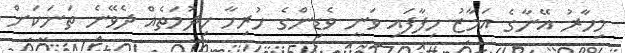
މިހާރު އޭނާގެ އަމާޒު ހިފާފައި ވަނީ ވެޑިންގެ ހުރިހާ ހިދުމަތެއް ދެވޭނެ ތަނަކަށް